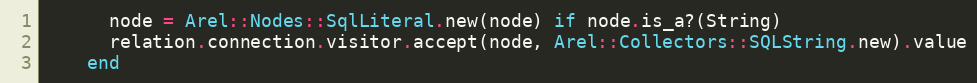
Language: Ruby
      node = Arel::Nodes::SqlLiteral.new(node) if node.is_a?(String)
      relation.connection.visitor.accept(node, Arel::Collectors::SQLString.new).value
    end